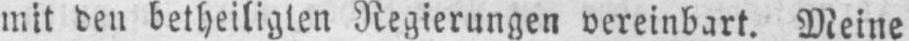
mit den betheiligten Regierungen vereinbart. Meine